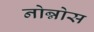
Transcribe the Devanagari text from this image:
नोन्नोस